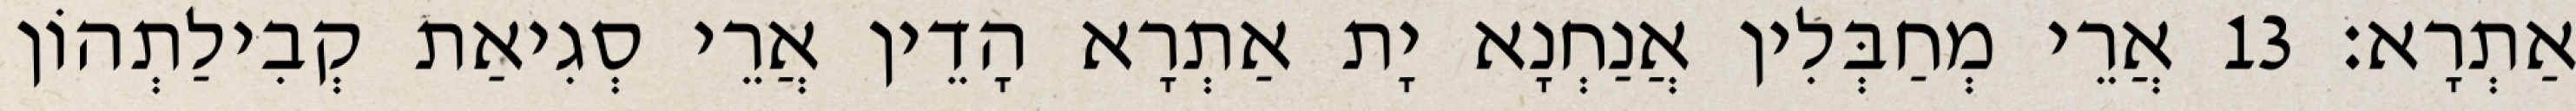
אַתְרָא׃ 13 אֲרֵי מְחַבְּלִין אֲנַחְנָא יָת אַתְרָא הָדֵין אֲרֵי סְגִיאַת קְבִילַתְהוֹן